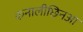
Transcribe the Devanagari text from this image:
कनालीछिनआ